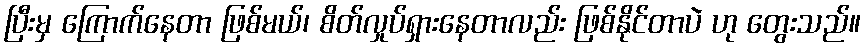
ပြီးမှ ကြောက်နေတာ ဖြစ်မယ်၊ စိတ်လှုပ်ရှားနေတာလည်း ဖြစ်နိုင်တာပဲ ဟု တွေးသည်။